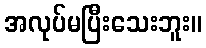
အလုပ်မပြီးသေးဘူး။